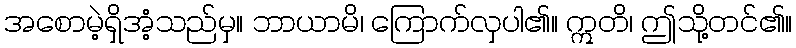
အစောမဲ့ရှိအံ့သည်မှ။ ဘာယာမိ၊ ကြောက်လှပါ၏။ ဣတိ၊ ဤသို့တင်၏။